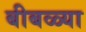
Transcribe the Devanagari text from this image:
बीबळ्या